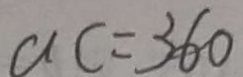
a c = 3 6 0